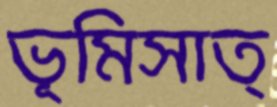
ভূমিসাত্